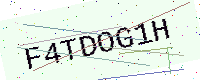
Text: F4TDOG1H